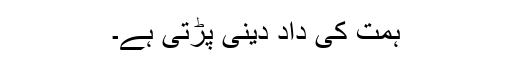
ہمت کی داد دینی پڑتی ہے۔